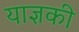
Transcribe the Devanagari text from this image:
याज्ञकी